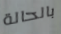
بالحالة